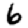
Digit: 6